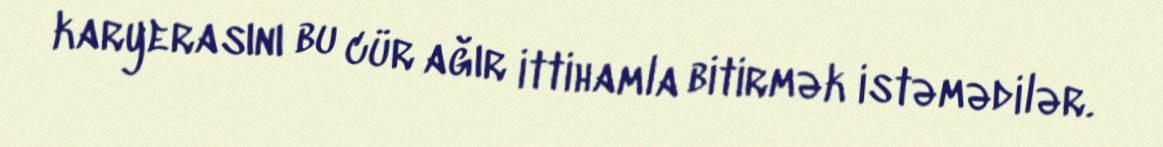
karyerasını bu cür ağır ittihamla bitirmək istəmədilər.